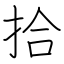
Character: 拾